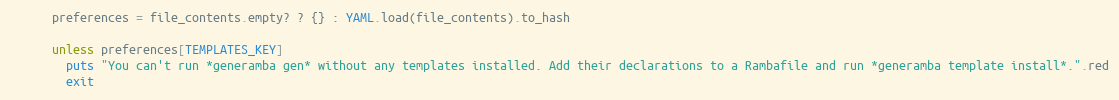
Language: Ruby
      preferences = file_contents.empty? ? {} : YAML.load(file_contents).to_hash

      unless preferences[TEMPLATES_KEY]
        puts "You can't run *generamba gen* without any templates installed. Add their declarations to a Rambafile and run *generamba template install*.".red
        exit